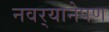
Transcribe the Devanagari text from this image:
नवर्‍यानेपण